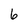
Character: 6